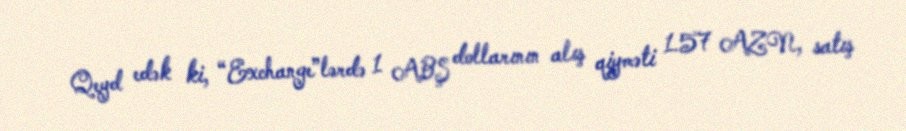
Qeyd edək ki, “Exchange”lərdə 1 ABŞ dollarının alış qiyməti 1.57 AZN, satış